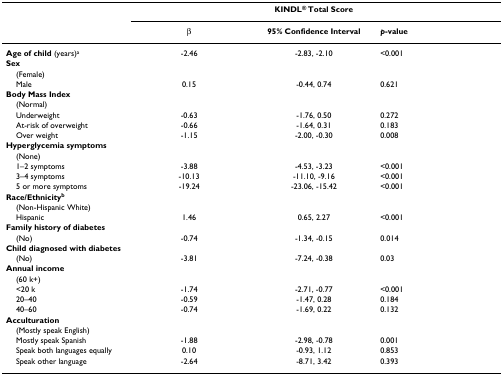
<table><thead><tr><td></td><td colspan="3"><b>KINDL<sup>® </sup>Total Score</b></td></tr><tr><td></td><td><b>β</b></td><td><b>95% Confidence Interval</b></td><td><b><i>p</i>-value</b></td></tr></thead><tbody><tr><td><b>Age of child </b>(years)<sup>a</sup></td><td>-2.46</td><td>-2.83, -2.10</td><td>&lt;0.001</td></tr><tr><td><b>Sex</b></td><td></td><td></td><td></td></tr><tr><td> (Female)</td><td></td><td></td><td></td></tr><tr><td> Male</td><td>0.15</td><td>-0.44, 0.74</td><td>0.621</td></tr><tr><td><b>Body Mass Index</b></td><td></td><td></td><td></td></tr><tr><td> (Normal)</td><td></td><td></td><td></td></tr><tr><td> Underweight</td><td>-0.63</td><td>-1.76, 0.50</td><td>0.272</td></tr><tr><td> At-risk of overweight</td><td>-0.66</td><td>-1.64, 0.31</td><td>0.183</td></tr><tr><td> Over weight</td><td>-1.15</td><td>-2.00, -0.30</td><td>0.008</td></tr><tr><td><b>Hyperglycemia symptoms</b></td><td></td><td></td><td></td></tr><tr><td> (None)</td><td></td><td></td><td></td></tr><tr><td> 1–2 symptoms</td><td>-3.88</td><td>-4.53, -3.23</td><td>&lt;0.001</td></tr><tr><td> 3–4 symptoms</td><td>-10.13</td><td>-11.10, -9.16</td><td>&lt;0.001</td></tr><tr><td> 5 or more symptoms</td><td>-19.24</td><td>-23.06, -15.42</td><td>&lt;0.001</td></tr><tr><td><b>Race/Ethnicity<sup>b</sup></b></td><td></td><td></td><td></td></tr><tr><td> (Non-Hispanic White)</td><td></td><td></td><td></td></tr><tr><td> Hispanic</td><td>1.46</td><td>0.65, 2.27</td><td>&lt;0.001</td></tr><tr><td><b>Family history of diabetes</b></td><td></td><td></td><td></td></tr><tr><td> (No)</td><td>-0.74</td><td>-1.34, -0.15</td><td>0.014</td></tr><tr><td><b>Child diagnosed with diabetes</b></td><td></td><td></td><td></td></tr><tr><td> (No)</td><td>-3.81</td><td>-7.24, -0.38</td><td>0.03</td></tr><tr><td><b>Annual income</b></td><td></td><td></td><td></td></tr><tr><td> (60 k+)</td><td></td><td></td><td></td></tr><tr><td> &lt;20 k</td><td>-1.74</td><td>-2.71, -0.77</td><td>&lt;0.001</td></tr><tr><td> 20–40</td><td>-0.59</td><td>-1.47, 0.28</td><td>0.184</td></tr><tr><td> 40–60</td><td>-0.74</td><td>-1.69, 0.22</td><td>0.132</td></tr><tr><td><b>Acculturation</b></td><td></td><td></td><td></td></tr><tr><td> (Mostly speak English)</td><td></td><td></td><td></td></tr><tr><td> Mostly speak Spanish</td><td>-1.88</td><td>-2.98, -0.78</td><td>0.001</td></tr><tr><td> Speak both languages equally</td><td>0.10</td><td>-0.93, 1.12</td><td>0.853</td></tr><tr><td> Speak other language</td><td>-2.64</td><td>-8.71, 3.42</td><td>0.393</td></tr></tbody></table>